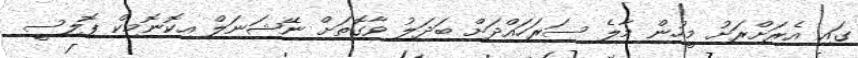
ގައި އެރަށްރަށު މީހުން މާލެ ސަރަހައްދަށް ބަދަލު ވާގޮތަށް ނޭޝަނަލް އިކޮނޮމިކް ޕޮލިސީ